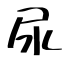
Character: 尿